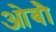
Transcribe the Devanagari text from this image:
ओबौ